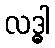
လဒ္ဓါ